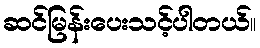
ဆင်မြန်းပေးသင့်ပါတယ်။